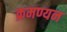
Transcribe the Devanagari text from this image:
क्रमण्यन